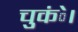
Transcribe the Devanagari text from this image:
चुकंे।